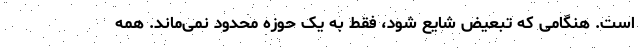
است. هنگامی که تبعیض شایع شود، فقط به یک حوزه محدود نمی‌‌ماند. همه